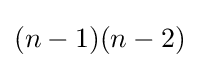
(n-1)(n-2)